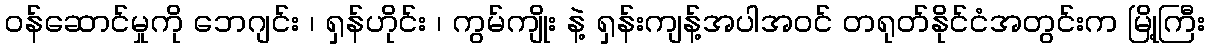
ဝန်ဆောင်မှုကို ဘေဂျင်း ၊ ရှန်ဟိုင်း ၊ ကွမ်ကျိုး နဲ့ ရှန်းကျန့်အပါအဝင် တရုတ်နိုင်ငံအတွင်းက မြို့ကြီး